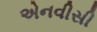
એનવીસી